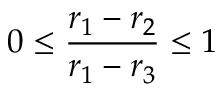
0 \leq \frac { r _ { 1 } - r _ { 2 } } { r _ { 1 } - r _ { 3 } } \leq 1